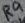
Text: R9